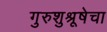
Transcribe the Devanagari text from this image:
गुरुशुश्रूषेचा